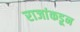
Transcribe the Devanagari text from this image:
राजांकडून